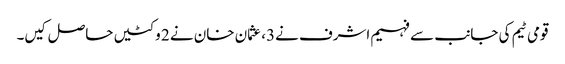
قومی ٹیم کی جانب سے فہیم اشرف نے3، عثمان خان نے 2 وکٹیں حاصل کیں۔